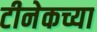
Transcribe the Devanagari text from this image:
टीनेकच्या